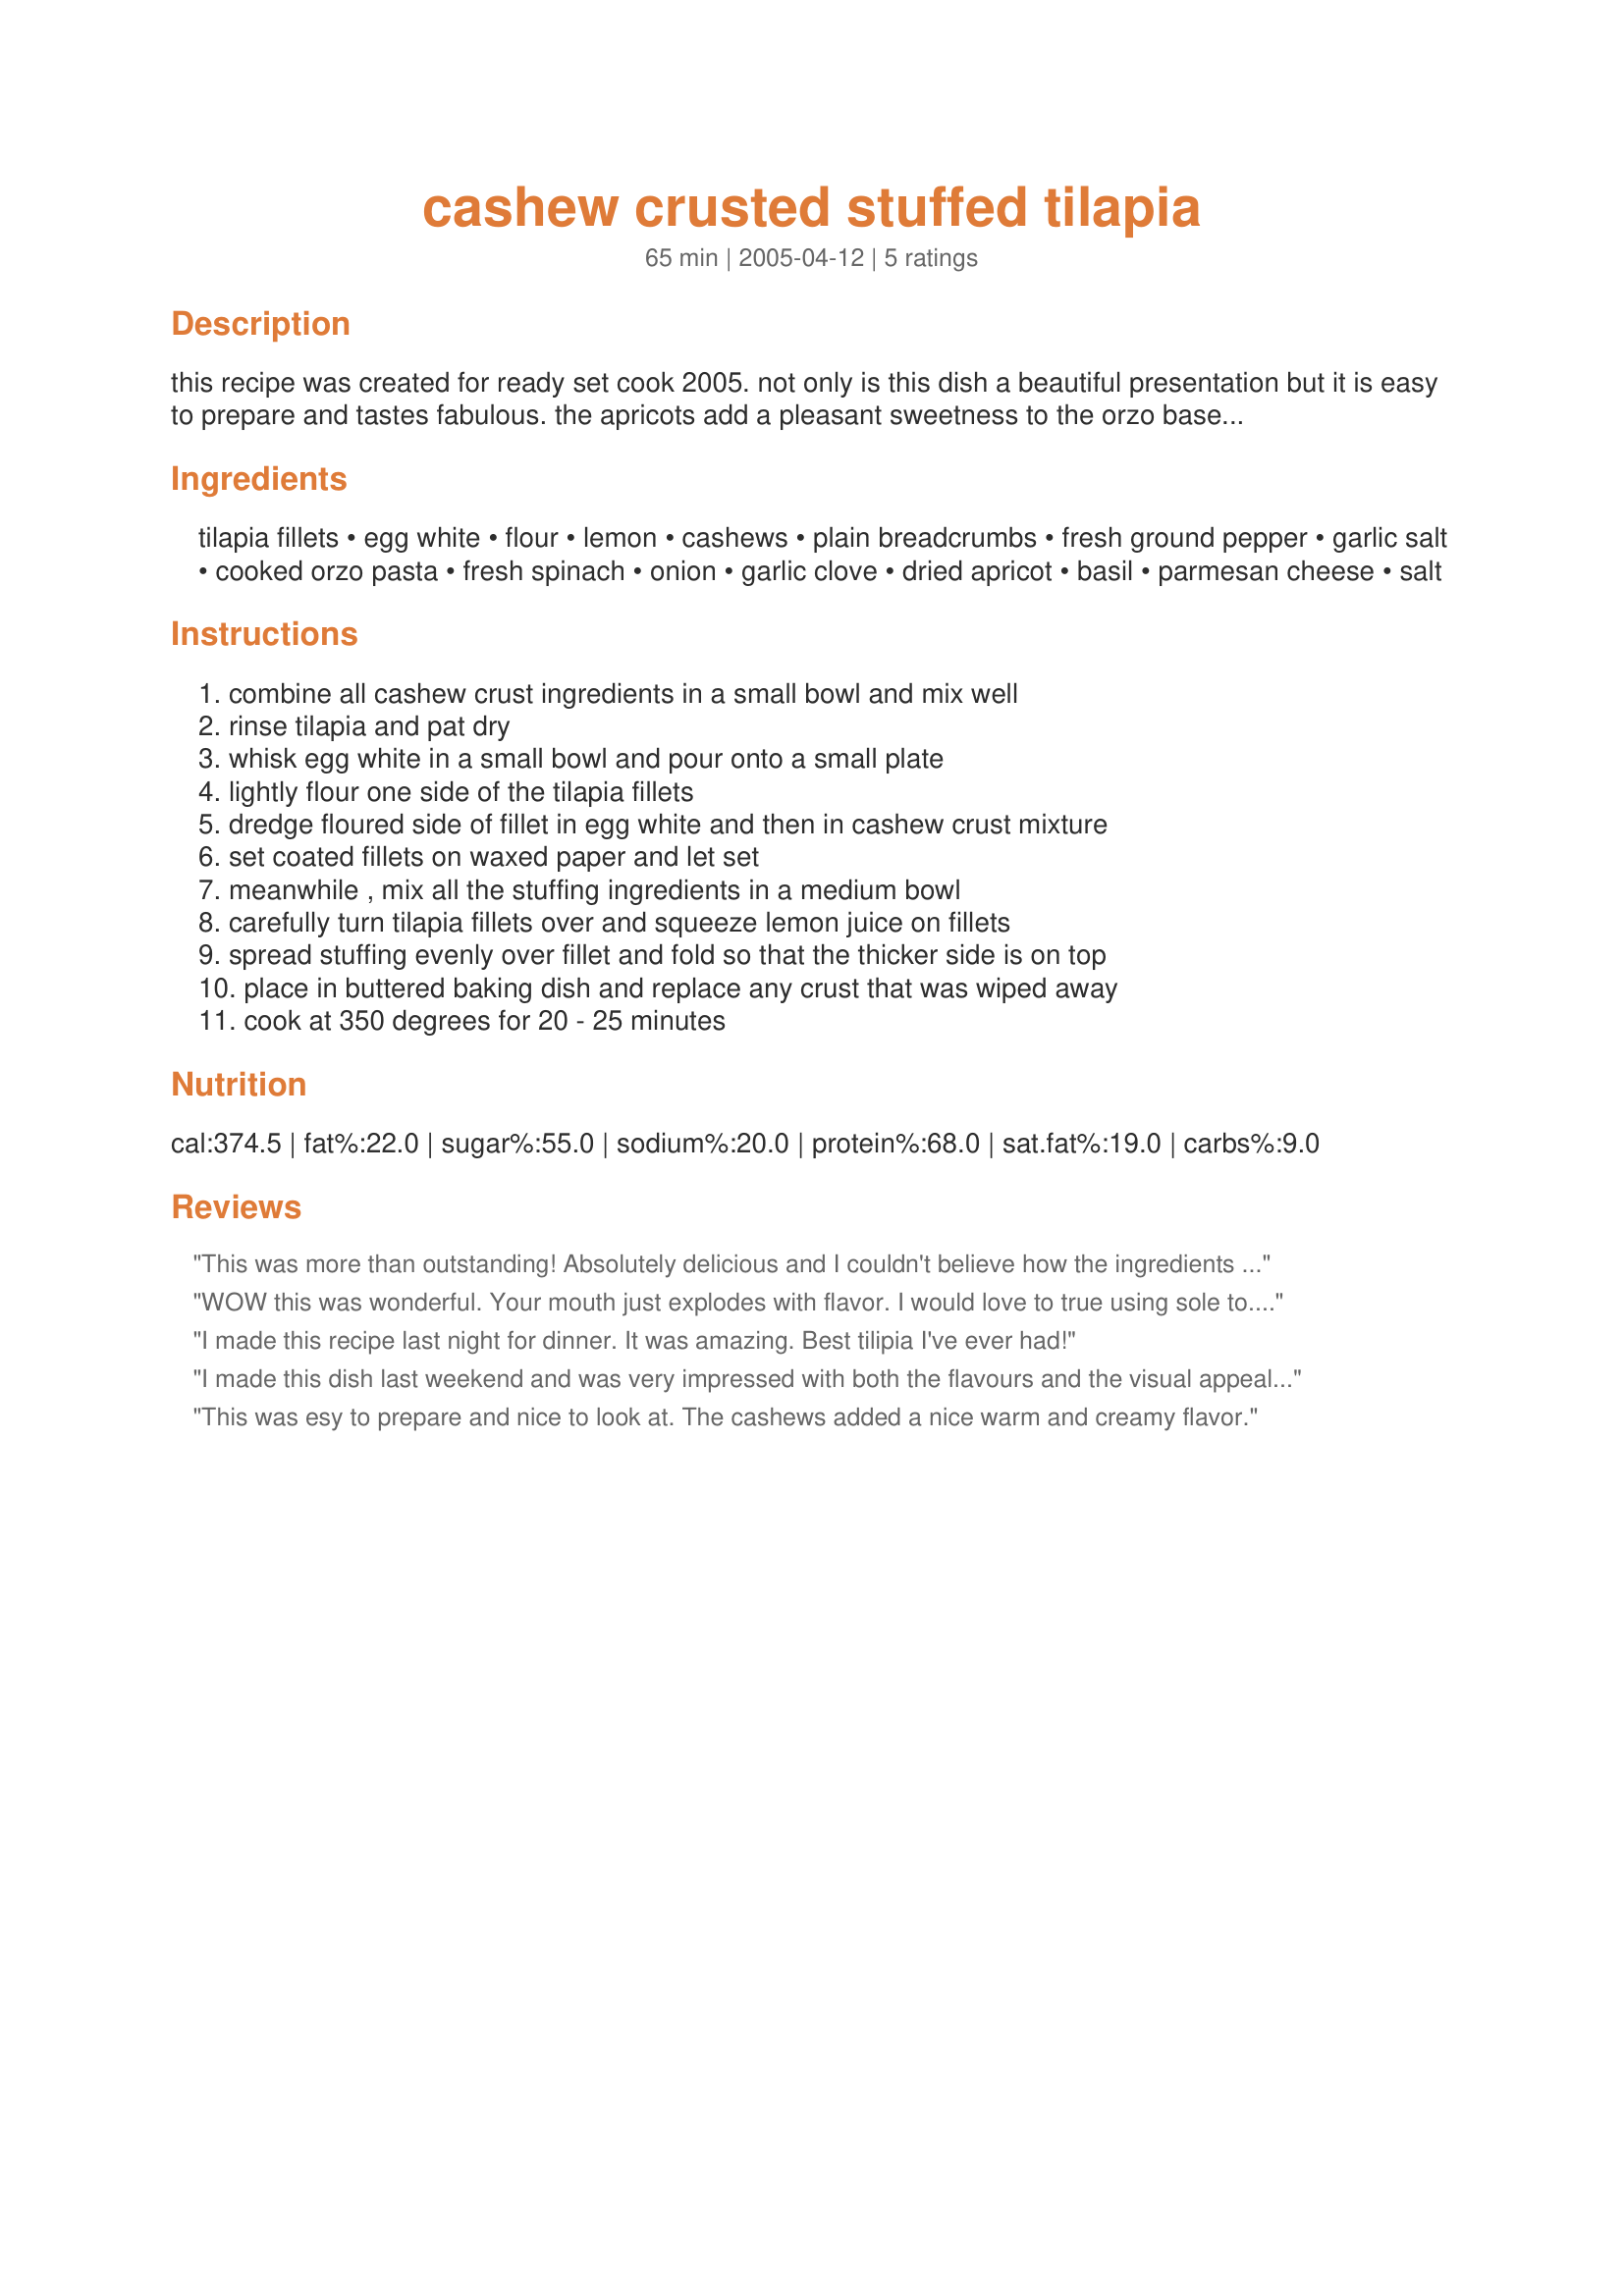
cashew crusted stuffed tilapia
Preparation time: 65 minutes

this recipe was created for ready set cook 2005. not only is this dish a beautiful presentation but it is easy to prepare and tastes fabulous. the apricots add a pleasant sweetness to the orzo based stuffing. serve with broccoli, carrots, asparagus, or sauteed greens.

Ingredients:
tilapia fillets, egg white, flour, lemon, cashews, plain breadcrumbs, fresh ground pepper, garlic salt, cooked orzo pasta, fresh spinach, onion, garlic clove, dried apricot, basil, parmesan cheese, salt

Steps:
combine all cashew crust ingredients in a small bowl and mix well, rinse tilapia and pat dry, whisk egg white in a small bowl and pour onto a small plate, lightly flour one side of the tilapia fillets, dredge floured side of fillet in egg white and then in cashew crust mixture, set coated fillets on waxed paper and let set, meanwhile , mix all the stuffing ingredients in a medium bowl, carefully turn tilapia fillets over and squeeze lemon juice on fillets, spread stuffing evenly over fillet and fold so that the thicker side is on top, place in buttered baking dish and replace any crust that was wiped away, cook at 350 degrees for 20 - 25 minutes

Reviews:
This was more than outstanding! Absolutely delicious and I couldn't believe how the ingredients all came together so well. I served this with carrots on the side, but they really were unneccesary. This dish is a meal in itself! Thanks for posting!
WOW this was wonderful. Your mouth just explodes with flavor. I would love to true using sole to. I served it sauteed spinach with bacon. This was just marvelous thanks so much whoever you are. Great recipe for the contest worth 10 stars. Good Luck.
I made this recipe last night for dinner. It was amazing. Best tilipia I've ever had!
I made this dish last weekend and was very impressed with both the flavours and the visual appeal. While it really is a meal in itself, I did serve a few roasted asparagus on the side. This is definitely a keeper! Thanks!
This was esy to prepare and nice to look at. The cashews added a nice warm and creamy flavor.
